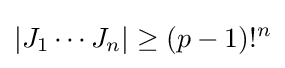
|J_{1}\cdots J_{n}|\geq (p-1)!^{n}